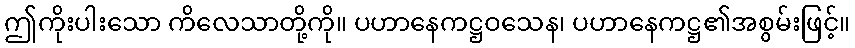
ဤကိုးပါးသော ကိလေသာတို့ကို။ ပဟာနေကဋ္ဌဝသေန၊ ပဟာနေကဋ္ဌ၏အစွမ်းဖြင့်။